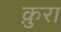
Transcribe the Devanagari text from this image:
क़ुरा